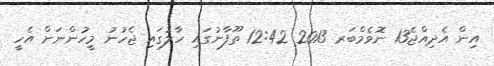
އިން އެދިއްޖެ13 ނޮވެމްބަރ 2013 12:42 ތޫފާނުގައި ހާލުގައި ޖެހުނު މީހުންނަށް އެހީ